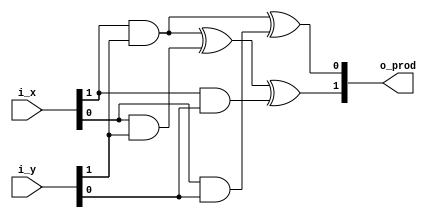
module gf_2to2_multiplier
#(
    // PARAMETERS.
    parameter                                       NB_DATA = 2     // [HINT] Works only if value is 2
)
(
    // OUTPUTS.
    output      wire        [NB_DATA-1:0]           o_prod,
    // INPUTS.
    input       wire        [NB_DATA-1:0]           i_x,
    input       wire        [NB_DATA-1:0]           i_y
) ;
    // QUICK_INSTANCE: BEGIN
    /*
    gf_2to2_multiplier
    #(
        .NB_DATA    (  )    // [HINT] Works only if value is 2
    )
    u_gf_2to2_multiplier_h
    (
        .o_prod     (  ),
        .i_x        (  ),
        .i_y        (  )
    );
    */ // QUICK_INSTANCE: END

    // ALGORITHM BEGIN.
    assign o_prod[1]    =   ( i_x[1] & i_y[1] ) ^   ( i_x[0] & i_y[1] ) ^   ( i_x[1] & i_y[0] )                         ;

    assign o_prod[0]    =   ( i_x[1] & i_y[1] ) ^                                                   ( i_x[0] & i_y[0] ) ;

endmodule // gf_2to2_multiplier